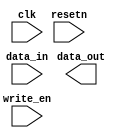
module crypto_keys_store
(
input [15:0] data_in,
output reg [15:0] data_out,
input clk,
input resetn,
input write_en
);

//-copilot next line-

endmodule